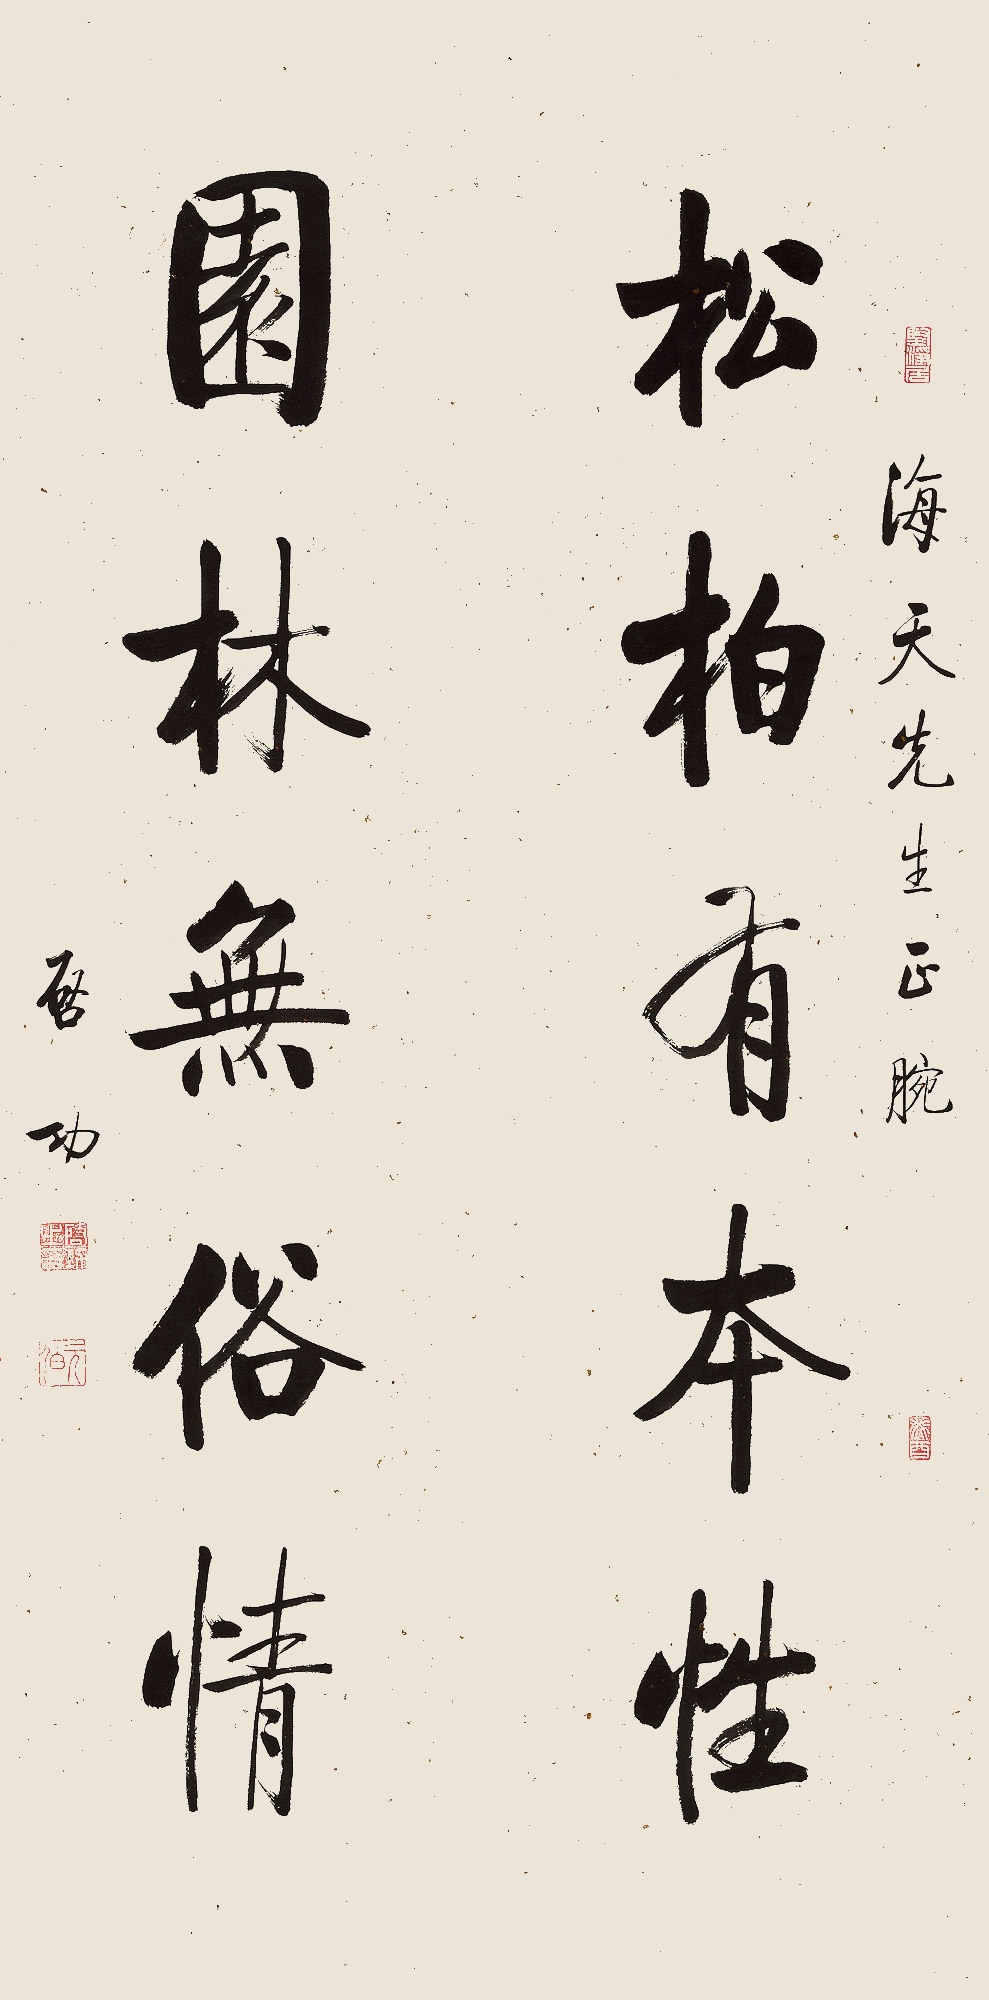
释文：松柏有本性，园林无俗情。海天先生正腕。启功。